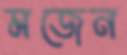
মজেন